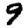
Digit: 9